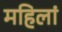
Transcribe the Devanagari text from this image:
महिलां